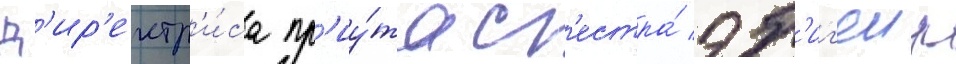
Д'ир'ектр'и́са пр'иу́та с'естра́ эб'иг'еил